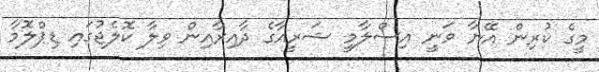
މީގެ ކުރިން އޭނާ ވަނީ އިސްލާމީ ޝަރީއާގެ ދާއިރާއިން ވިލާ ކޮލެޖުގައި ޑިޕްލޮމާ